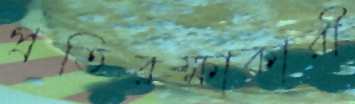
প্রতিরক্ষাকারী